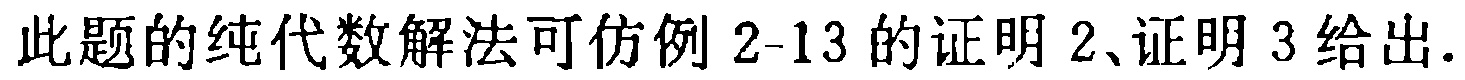
此题的纯代数解法可仿例 2-13 的证明 2、证明 3 给出.